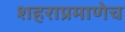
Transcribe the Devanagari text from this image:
शहराप्रमाणेच